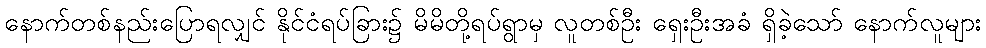
နောက်တစ်နည်းပြောရလျှင် နိုင်ငံရပ်ခြား၌ မိမိတို့ရပ်ရွာမှ လူတစ်ဦး ရှေးဦးအခံ ရှိခဲ့သော် နောက်လူများ